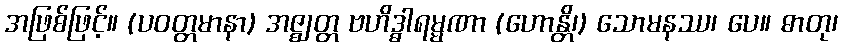
အဖြစ်ဖြင့်။ (ပဝတ္တမာနာ) အဇ္ဈတ္တ ဗဟိဒ္ဓါရမ္မဏာ (ဟောန္တိ၊) သောမနဿ၊ ပေ။ ဓာတု၊